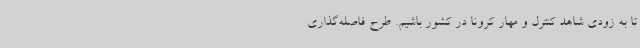
تا به زودی شاهد کنترل و مهار کرونا در کشور باشیم. طرح فاصله‌گذاری